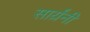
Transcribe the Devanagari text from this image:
सार्य़ंनी